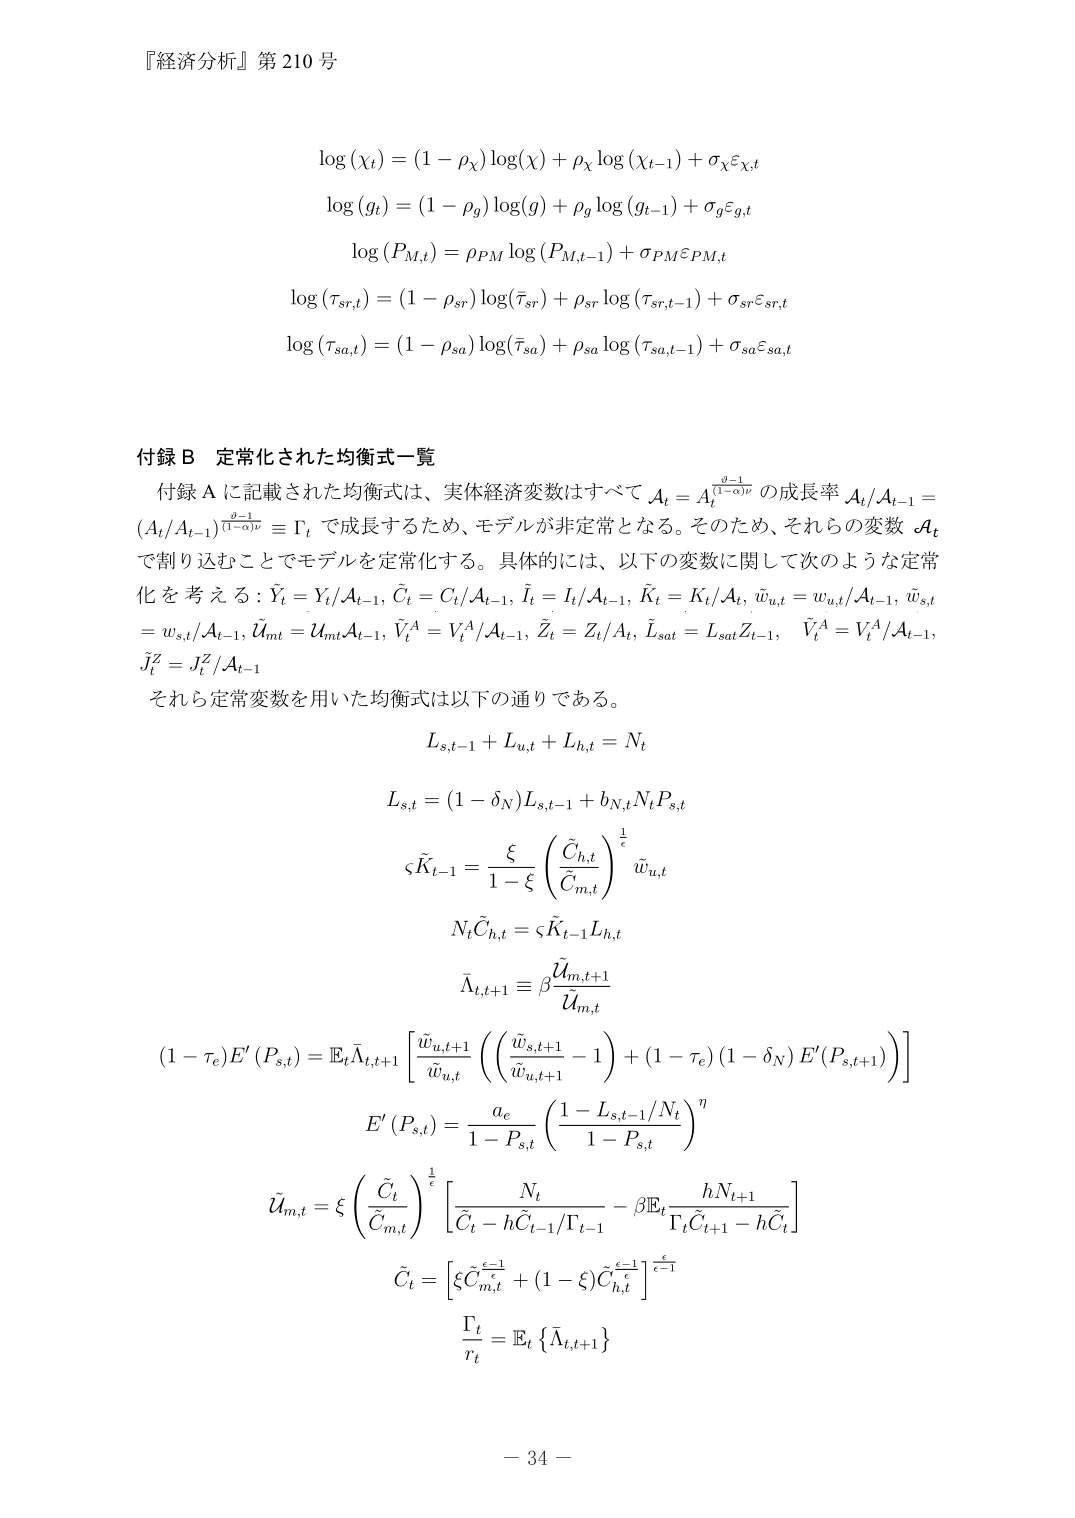
『経済分析』第210号

log(χ_t) = (1 - ρ_χ) log(χ) + ρ_χ log(χ_{t-1}) + σ_χ ε_{χ,t}

log(g_t) = (1 - ρ_g) log(g) + ρ_g log(g_{t-1}) + σ_g ε_{g,t}

log(P_{M,t}) = ρ_{PM} log(P_{M,t-1}) + σ_{PM} ε_{PM,t}

log(τ_{sr,t}) = (1 - ρ_{sr}) log(τ_{sr}) + ρ_{sr} log(τ_{sr,t-1}) + σ_{sr} ε_{sr,t}

log(τ_{sa,t}) = (1 - ρ_{sa}) log(τ_{sa}) + ρ_{sa} log(τ_{sa,t-1}) + σ_{sa} ε_{sa,t}

付録B 定常化された均衡式一覧

付録Aに記載された均衡式は、実体経済変数はすべて A_t = A_t^{(θ-1)/(1-α)ν} の成長率 A_t/A_{t-1} = (A_t/A_{t-1})^{(θ-1)/(1-α)ν} ≡ Γ_t で成長するため、モデルが非定常となる。そのため、それらの変数 A_t で割り込むことでモデルを定常化する。具体的には、以下の変数に関して次のような定常化を考える：Ŷ_t = Y_t/A_{t-1}, Ĉ_t = C_t/A_{t-1}, Î_t = I_t/A_{t-1}, Ê_t = K_t/A_t, ŵ_{u,t} = w_{u,t}/A_{t-1}, ŵ_{s,t} = w_{s,t}/A_{t-1}, Ũ_{mt} = U_{mt}A_{t-1}, Ṽ_t^A = V_t^A/A_{t-1}, Z̃_t = Z_t/A_t, L̃_{sat} = L_{sat}Z_{t-1}, Ṽ_t^A = V_t^A/A_{t-1}, J̃_t^Z = J_t^Z/A_{t-1}

それら定常変数を用いた均衡式は以下の通りである。

L_{s,t-1} + L_{u,t} + L_{h,t} = N_t

L_{s,t} = (1 - δ_N) L_{s,t-1} + b_{N,t} N_t P_{s,t}

ζ K̃_{t-1} = ξ/(1 - ξ) (Ĉ_{h,t}/Ĉ_{m,t})^{1/ε} ŵ_{u,t}

N_t Ĉ_{h,t} = ζ K̃_{t-1} L_{h,t}

Λ̃_{t,t+1} ≡ β Ũ_{m,t+1}/Ũ_{m,t}

(1 - τ_e) E'(P_{s,t}) = E_t Λ̃_{t,t+1} [ ŵ_{u,t+1}/ŵ_{u,t} ( (ŵ_{s,t+1}/ŵ_{u,t+1} - 1) + (1 - τ_e)(1 - δ_N) E'(P_{s,t+1}) ) ]

E'(P_{s,t}) = a_e/(1 - P_{s,t}) ( (1 - L_{s,t-1}/N_t)/(1 - P_{s,t}) )^η

Ũ_{m,t} = ξ (Ĉ_t/Ĉ_{m,t})^{1/ε} [ N_t/(Ĉ_t - h Ĉ_{t-1}/Γ_{t-1}) - β E_t [ h N_{t+1}/(Γ_t Ĉ_{t+1} - h Ĉ_t) ] ]

Ĉ_t = [ ξ Ĉ_{m,t}^{ε-1/ε} + (1 - ξ) Ĉ_{h,t}^{ε-1/ε} ]^{ε/(ε-1)}

Γ_t / r_t = E_t { Λ̃_{t,t+1} }

- 34 -